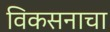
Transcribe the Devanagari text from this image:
विकसनाचा